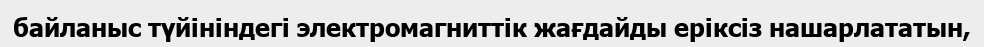
байланыс түйініндегі электромагниттік жағдайды еріксіз нашарлататын,